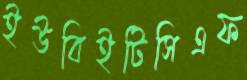
ইউবিইটিসিএফ